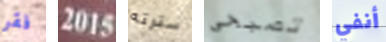
فقر 2015 سترته تصبحى أنفي